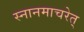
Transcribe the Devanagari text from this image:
स्नानमाचरेत्